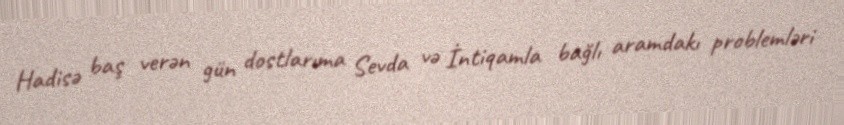
Hadisə baş verən gün dostlarıma Sevda və İntiqamla bağlı aramdakı problemləri